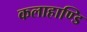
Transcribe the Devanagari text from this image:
कलाहाण्डि